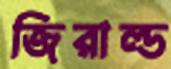
জিরাল্ড